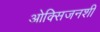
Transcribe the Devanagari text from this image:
ओक्सिजनशी